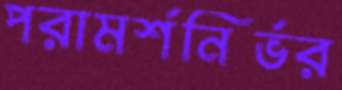
পরামর্শনির্ভর